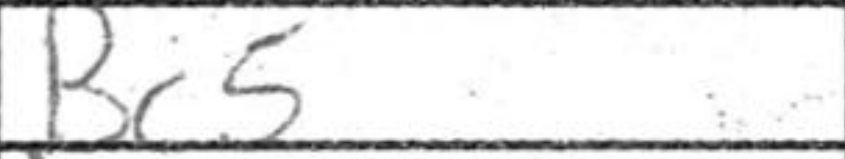
Transcription: Bc5